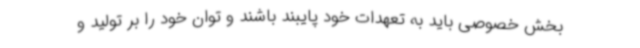
بخش خصوصی باید به تعهدات خود پایبند باشند و توان خود را بر تولید و